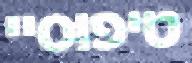
טיפוסיי